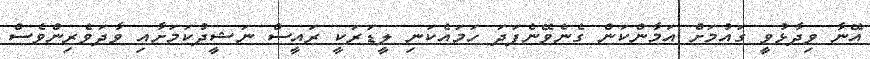
އޭނާ ވިދާޅުވީ ގައުމަށް އަމާންކަން ގެނެވޭނެފަދަ ހަމައެކަނި ލީޑަރަކީ ރައީސް ނަޝީދުކަމަށާއި ވާދަވެރިންވެސް